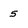
Character: 5